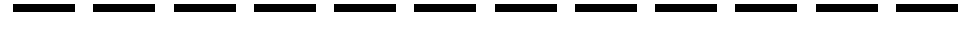
------------